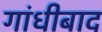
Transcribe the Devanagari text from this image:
गांधीबाद